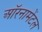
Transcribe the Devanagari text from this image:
ऑरनामेंटल